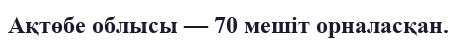
Ақтөбе облысы — 70 мешіт орналасқан.